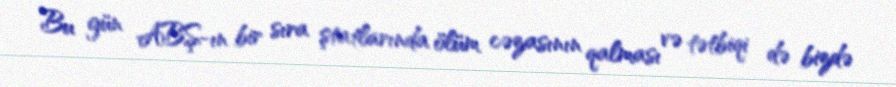
Bu gün ABŞ-ın bir sıra ştatlarında ölüm cəzasının qalması və tətbiqi də bizdə